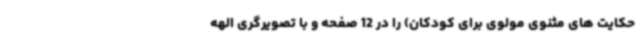
حکایت های مثنوی مولوی برای کودکان) را در 12 صفحه و با تصویرگری الهه